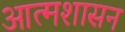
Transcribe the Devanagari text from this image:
आत्मशासन